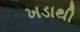
ખડાથી